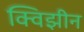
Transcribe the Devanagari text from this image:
क्विझीन